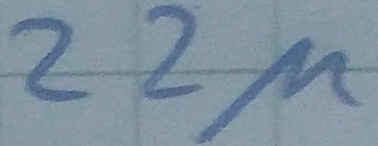
Text: 22µ